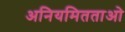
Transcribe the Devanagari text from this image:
अनियमितताओ